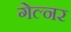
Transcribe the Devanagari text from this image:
गेल्नर